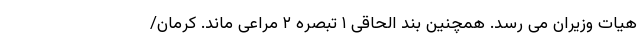
هیات وزیران می رسد. همچنین بند الحاقی ۱ تبصره ۲ مراعی ماند. کرمان/